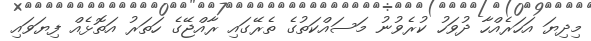
މިދިޔަ އަހަރެއްހާ ދުވަހު ކުރެވުނު މަސައްކަތުގެ ތެރޭގައި ރާއްޖޭގެ ހަތަރު އަތޮޅެއް ފިޔަވައި